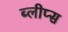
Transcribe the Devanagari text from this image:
ब्लीप्स